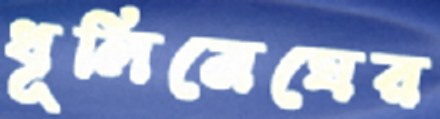
ধূলিমেঘের